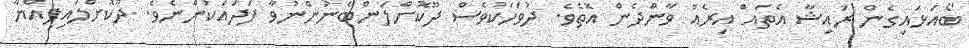
ބޯއަޅައިގެން ރައިޝާ އެތައް އިރެއް ވާންދެން އޮތެވެ. ދުވަހަކުވެސް ދޫކޮށްލަންބޭނުންނުވާ ފަދައަކުންނެވެ. ދޫކޮށްލައިފިއްޔާ